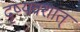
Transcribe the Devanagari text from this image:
दृष्यवशात्